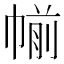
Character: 㡐